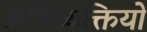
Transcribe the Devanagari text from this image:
अभिव्यक्तियो